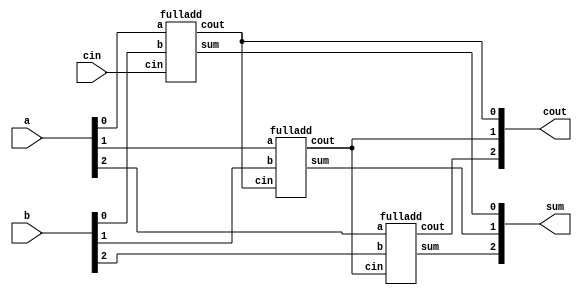
module top_module( 
    input [2:0] a, b,
    input cin,
    output [2:0] cout,
    output [2:0] sum );

    wire [2:0] tem;

 fulladd ins1(.a(a[0]), 
         .b(b[0]), 
         .cin(cin), 
         .cout(tem[0]), 
         .sum(sum[0]) );


 fulladd ins2(.a(a[1]), 
         .b(b[1]), 
         .cin(tem[0]), 
         .cout(tem[1]), 
         .sum(sum[1]) );




 fulladd ins3(.a(a[2]), 
         .b(b[2]), 
         .cin(tem[1]), 
         .cout(tem[2]), 
         .sum(sum[2]) );


assign cout = {tem[2],tem[1],tem[0]};

endmodule


module fulladd( 
    input a, b, cin,
    output cout, sum );
    assign sum = (a ^ b) ^ cin ;
    assign cout = (a & b) | ((a ^ b) & cin) ; 

endmodule